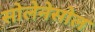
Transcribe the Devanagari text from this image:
सोलेनेसोल